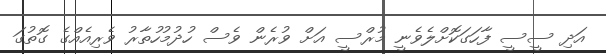
އަދި ސީސީ ފާހަގަކޮށްލެވެނީ މުރްސީ އަށް ވުރެން ވެސް ހުދުމުހުތާރު ވެރިއެއްގެ ގޮތުގަ